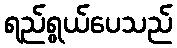
ရည်ရွယ်ပေသည်